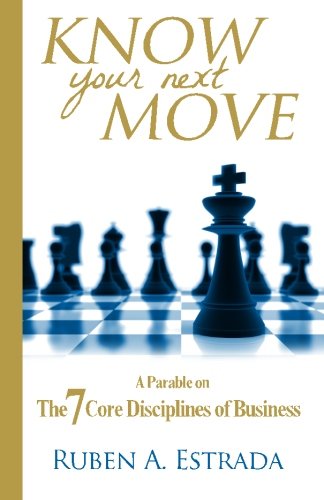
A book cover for Know Your Next Move: A Parable on The 7 Core Disciplines of Business; Ruben A. Estrada; Business & Money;